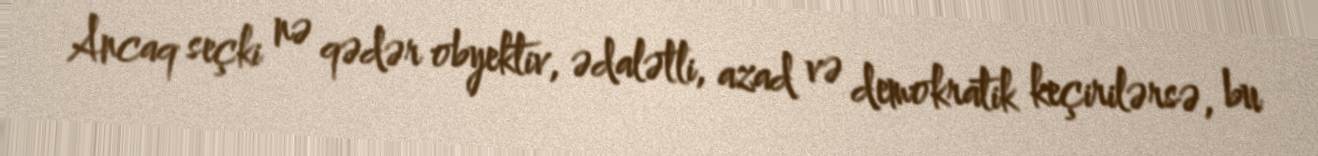
Ancaq seçki nə qədər obyektiv, ədalətli, azad və demokratik keçirilərsə, bu